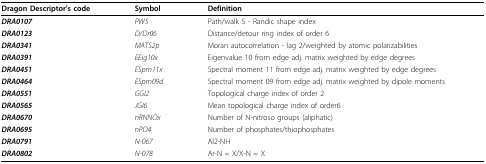
<table><thead><tr><td><b>Dragon Descriptor's code</b></td><td><b>Symbol</b></td><td><b>Definition</b></td></tr></thead><tbody><tr><td><b><i>DRA0107</i></b></td><td><i>PW5</i></td><td>Path/walk 5 - Randic shape index</td></tr><tr><td><b><i>DRA0123</i></b></td><td><i>D/Dr06</i></td><td>Distance/detour ring index of order 6</td></tr><tr><td><b><i>DRA0341</i></b></td><td><i>MATS2p</i></td><td>Moran autocorrelation - lag 2/weighted by atomic polarizabilities</td></tr><tr><td><b><i>DRA0391</i></b></td><td><i>EEig10x</i></td><td>Eigenvalue 10 from edge adj. matrix weighted by edge degrees</td></tr><tr><td><b><i>DRA0451</i></b></td><td><i>ESpm11x</i></td><td>Spectral moment 11 from edge adj. matrix weighted by edge degrees</td></tr><tr><td><b><i>DRA0464</i></b></td><td><i>ESpm09d</i></td><td>Spectral moment 09 from edge adj. matrix weighted by dipole moments</td></tr><tr><td><b><i>DRA0551</i></b></td><td><i>GGI2</i></td><td>Topological charge index of order 2</td></tr><tr><td><b><i>DRA0565</i></b></td><td><i>JGI6</i></td><td>Mean topological charge index of order6</td></tr><tr><td><b><i>DRA0670</i></b></td><td><i>nRNNOx</i></td><td>Number of N-nitroso groups (aliphatic)</td></tr><tr><td><b><i>DRA0695</i></b></td><td><i>nPO4</i></td><td>Number of phosphates/thiophosphates</td></tr><tr><td><b><i>DRA0791</i></b></td><td><i>N-067</i></td><td>Al2-NH</td></tr><tr><td><b><i>DRA0802</i></b></td><td><i>N-078</i></td><td>Ar-N = X/X-N = X</td></tr></tbody></table>